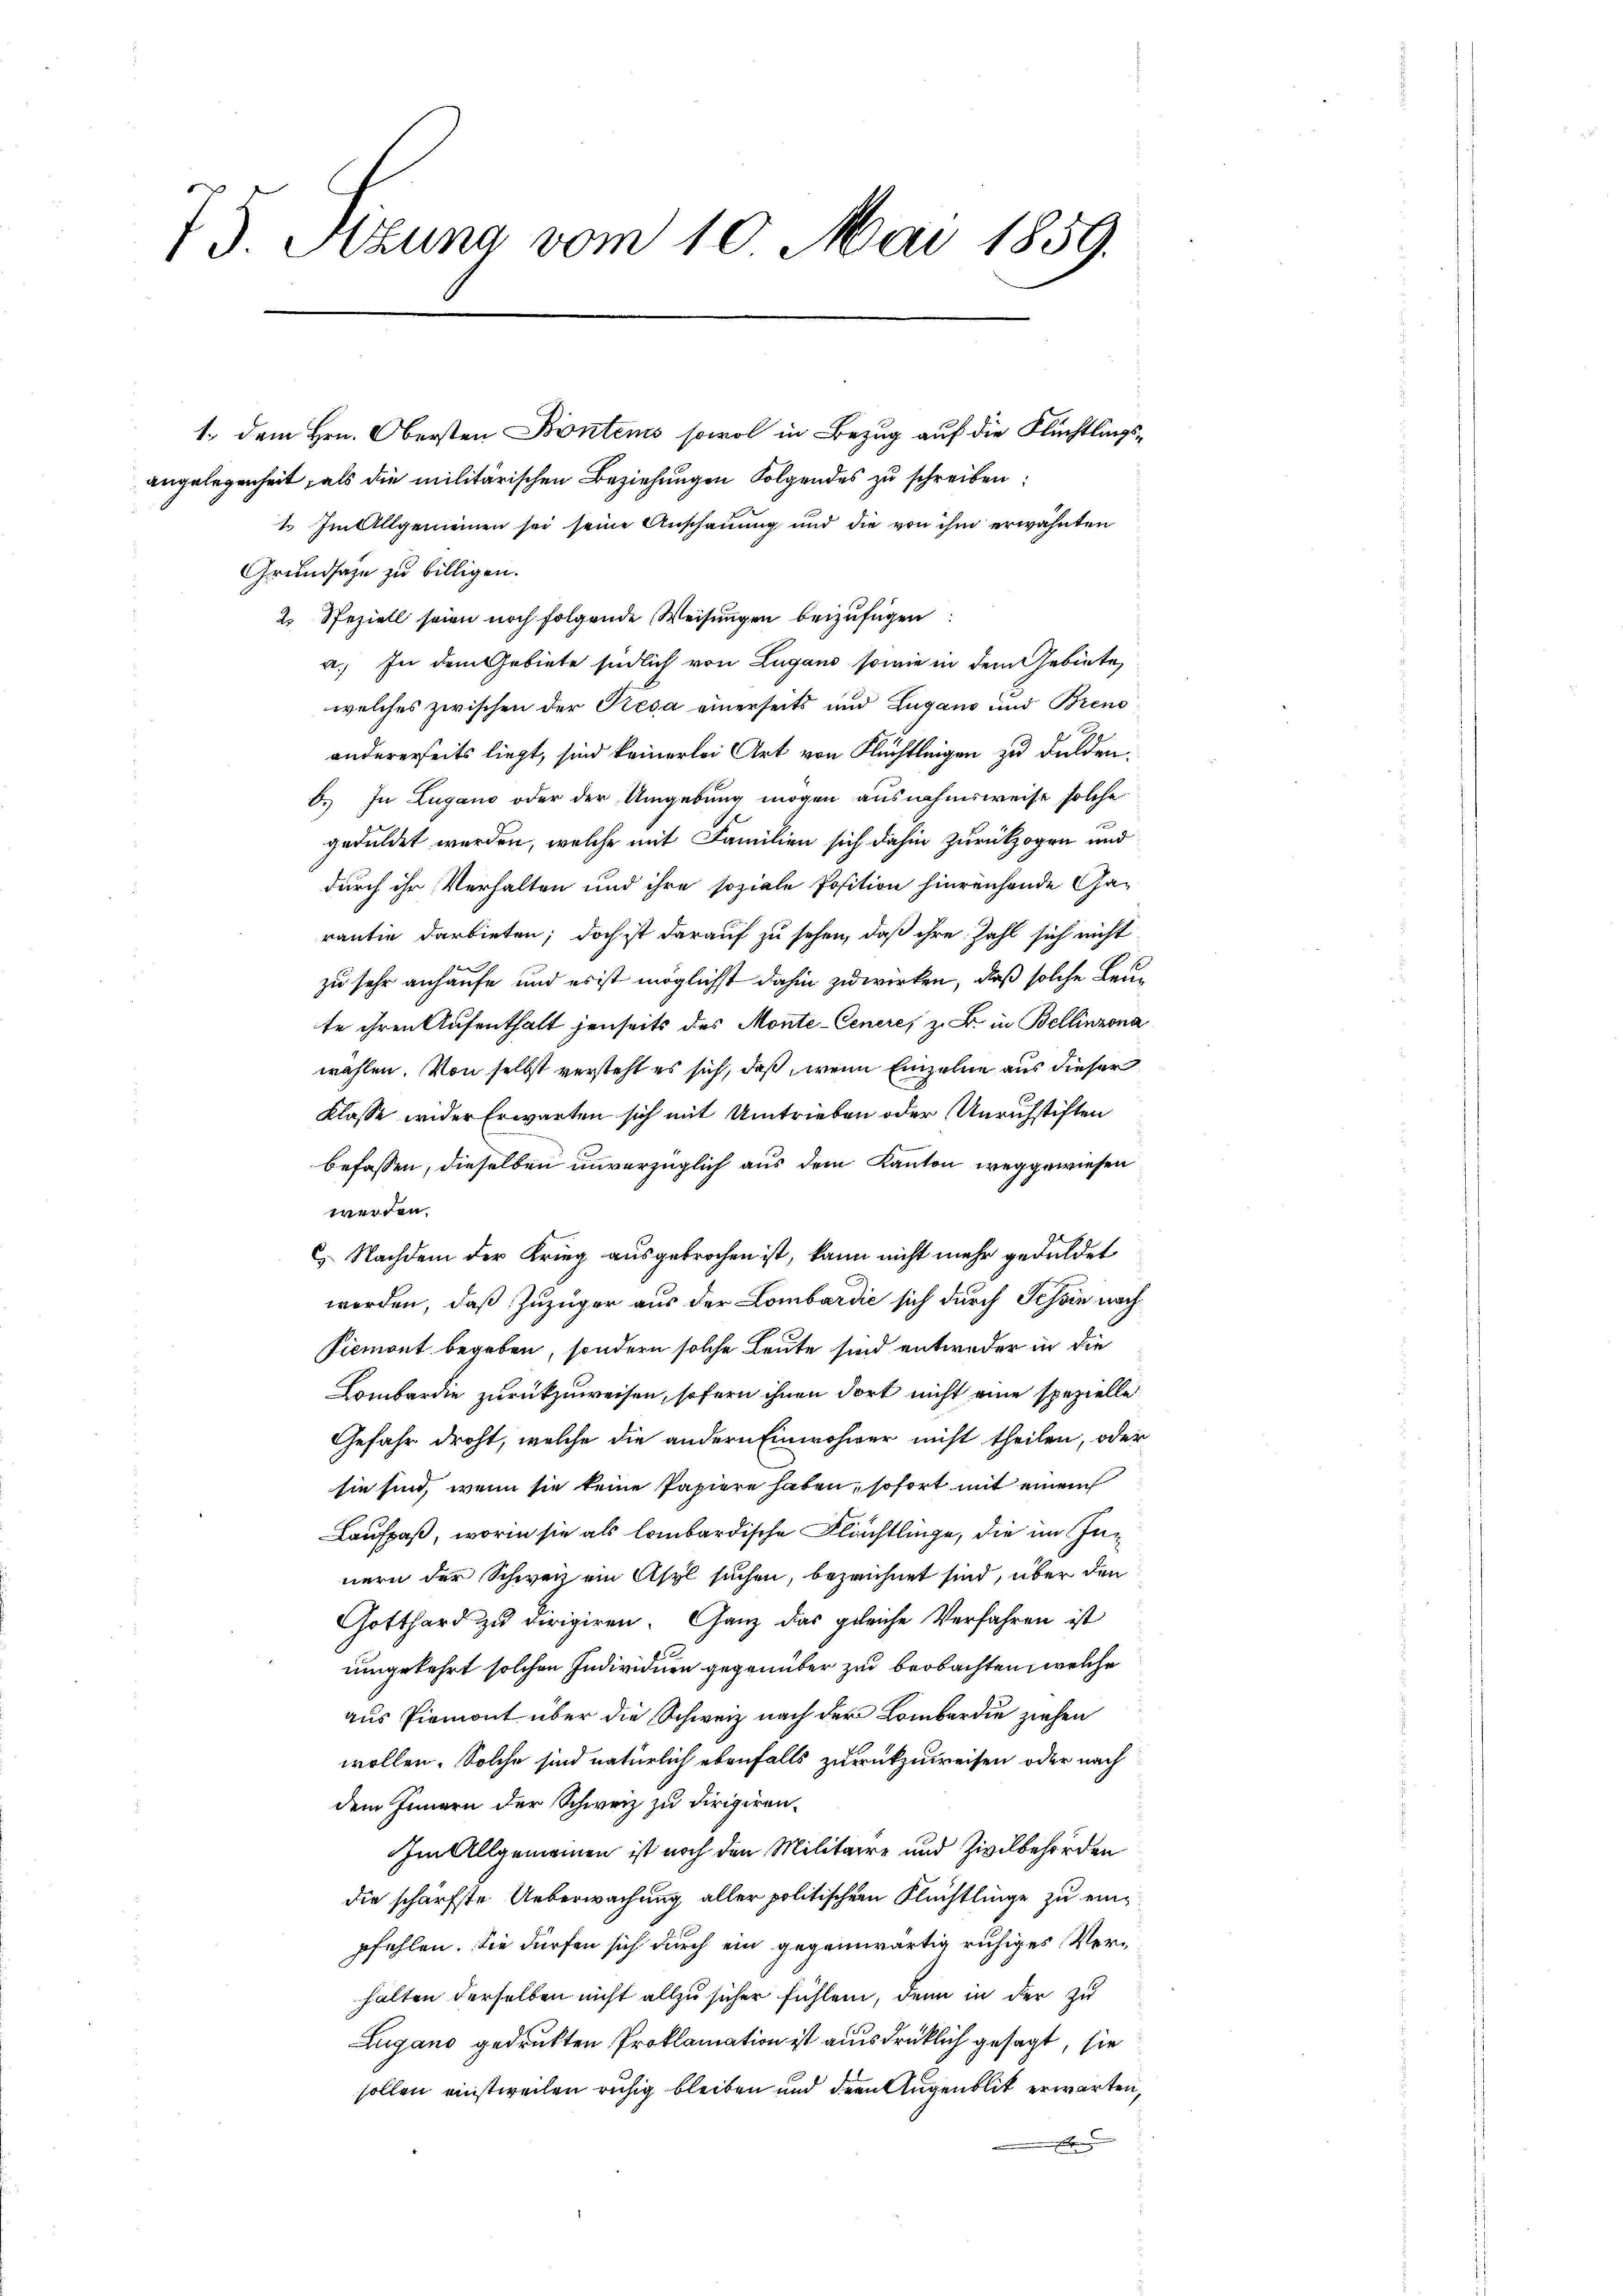
75. Jezuna vom 10. Mai 1859.

Grundsaze zu billigen.
2. Speziell seien noch folgende Weisungen beizufügen
a. In dem Gebiete südlich von Lugano, sowie in dem Gebiete,
welches zwischen der Kiesa einerseits und Zugano und Breno
andererseits liegt, sind keinerlei Art von Flüchtleigen zu dulden.
6. In Zugano oder der Umgebung mögen ausnahmsweise solche
geduldet werden, welche mit Familien sich dahin zurückzogen und
durch ihr Verhalten und ihre soziale Position hinreichende Garantie darbieten; doch ist darauf zu sehen, daß ihre Zahl sich nicht
zu sehr anhaufe und es ist möglichst dahin zuwirken, daß solche Leute ihren Aufenthalt jenseits des Monte-Ceneres z. B. in Bellinzona
wahlen. Von selbst versteht es sich, daß wenn Einzelne aus dieser
Klasse wider Erwarten sich mit Umtrieben oder Unrichstiften
befassen, dieselben unverzüglich aus dem Kanton weggewiesen
werden.
 Nachdem der Krieg ausgebrochen ist, kann nicht mehr geduldet
werden, daß Zuzuger aus der Lombardić sich durch Schein nach
Siemont begeben, sondern solche Leute sind entweder in die
Lombardie zurückzuweisen, sofern ihnen dort nicht eine spezielle
Gefahr droht, welche die andern Einwohner nicht theilen, oder
sie sind, wenn sie keine Papiere haben, sofort mit einem
Laufpaß, worin sie als lombardische Flächtlinge, die im Inn
nern der Schweiz ein Asyl suchen, bezeichnet sind, über den
Gotthard zu dirigiren. Ganz das gleiche Verfahren ist
umgekehrt solchen Individuen gegenüber zu beobachten, welche
aus Piemont über die Schweiz nach der Lombardie ziehen
wollen. Solche sind natürlich ebenfalls zurückzuweisen oder nach
dem Innern der Schweiz zu dirigiren¬
Im Allgemeinen ist noch den Militaire und Zivilbehörden
die schärfste Ueberwachung aller politischen Flüchtlinge zu einpfehlen. Sie dürfen sich durch ein gegenwärtig ruhiges Verhalten derselben nicht allzu sicher fühlen, denn in der zu
Lugano gedrukten Proklamation ist ausdrücklich gesagt, sie
sollen einstweilen ruhig bleiben und der Augenblik erwarten,
A

1., dem Hrn. Obersten Bontens sowol in Bezug auf die Flüchtlingsngelegenheit, als die militärischen Beziehungen Folgendes zu schreiben:
1. Im Allgemeinen sei seine Anschauung und die von ihm erwähnten